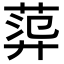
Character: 𦴮